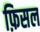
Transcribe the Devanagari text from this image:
फ़िसल